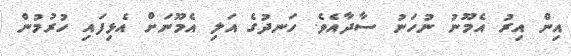
އިން އިރު އެމޫނު ނުހަނު ސާދާއެވެ. ހަނދުގެ އަލި އެމޫނަށް އެޅިފައި ހުރުމުން